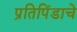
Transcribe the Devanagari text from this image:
प्रतिपिंडाचे